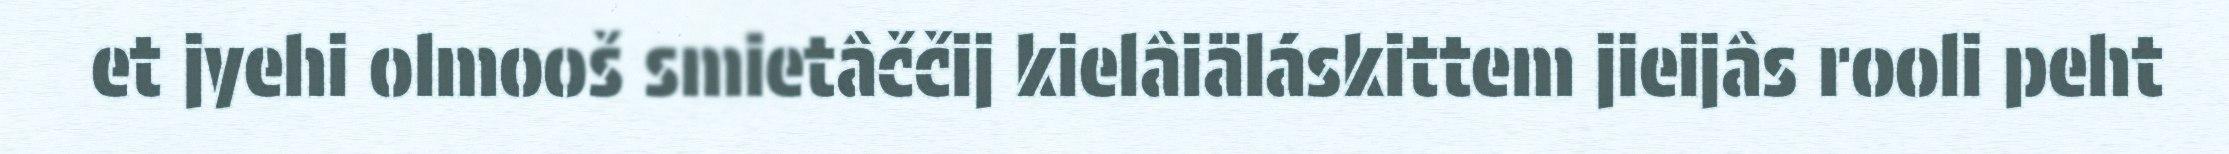
et jyehi olmooš smietâččij kielâiäláskittem jieijâs rooli peht